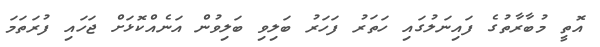
އޮތީ މުބާރާތުގެ ފައިނަލުގައި ހަތަރު ފަހަރު ބަލިވި ބަލިވުން އަނެއްކޮޅަށް ޖަހައި ފުރަތަމަ